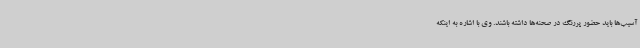
آسیب‌ها باید حضور پررنگ در صحنه‌ها داشته باشند. وی با اشاره به اینکه